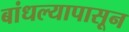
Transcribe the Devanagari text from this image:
बांधल्यापासून